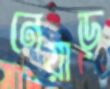
নেয়াড়